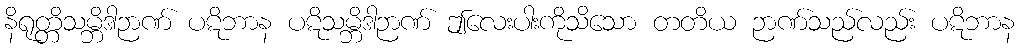
နိရုတ္တိသမ္ဘိဒါဉာဏ် ပဋိဘာန ပဋိသမ္ဘိဒါဉာဏ် ဤလေးပါးကိုသိသော တတိယ ဉာဏ်သည်လည်း ပဋိဘာန